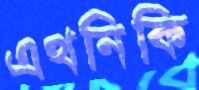
এথনিকি